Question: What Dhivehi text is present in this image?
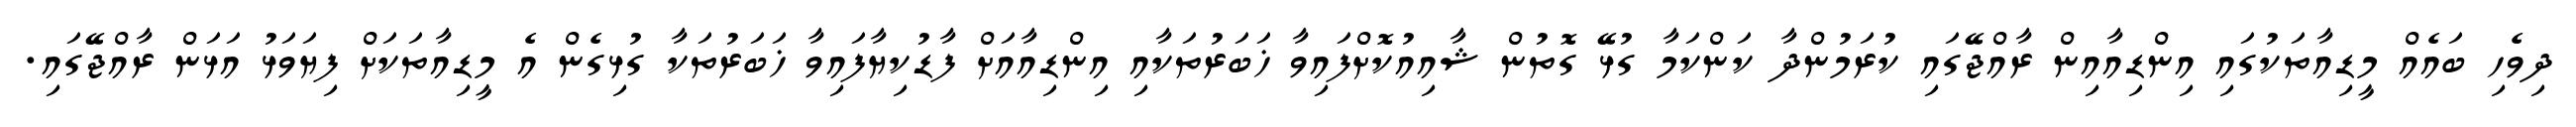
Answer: ދިވެހި ބައެއް މީޑިއާތަކުގައި އިންޑިއާއިން ރާއްޖޭގައި ކުރަމުންދާ ކަންކަމާ ގުޅޭ ގޮތުން ޝާއިއުކޮށްފައިވާ ޚަބަރުތަކާއި އިންޑިއާއަށް ފާޑުކިޔާފައިވާ ޚަބަރުތަކާ ގުޅިގެން އެ މީޑިއާތަކަށް ފިޔަވަޅު އަޅަން ރާއްޖޭގައި.